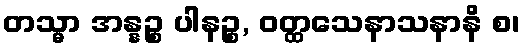
တသ္မာ အန္နဉ္စ ပါနဉ္စ, ဝတ္ထသေနာသနာနိ စ၊